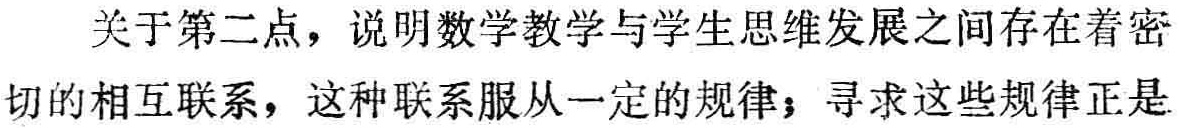
关于第二点，说明数学教学与学生思维发展之间存在着密切的相互联系，这种联系服从一定的规律；寻求这些规律正是